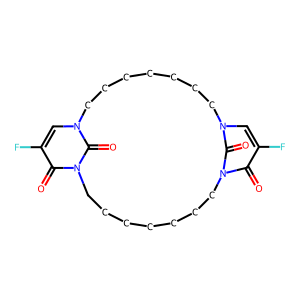
SMILES: O=c1c(F)cn2c(=O)n1CCCCCCCn1c(=O)c(F)cn(c1=O)CCCCCCC2
Inhibits HIV replication: No